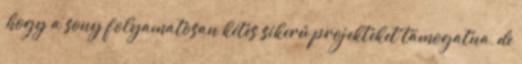
,hogy a sony folyamatosan kétes sikerű projekteket támogatna, de